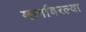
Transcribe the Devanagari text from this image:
मार्गावरल्या